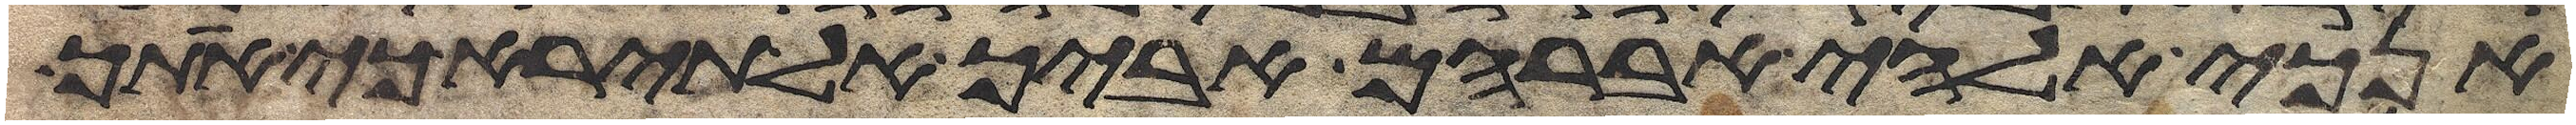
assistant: אנכי אלהי אברהם אביך אל תירא כי אתך